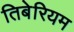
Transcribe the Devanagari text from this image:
तिबेरियम